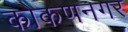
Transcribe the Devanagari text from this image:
कोकणनगर